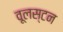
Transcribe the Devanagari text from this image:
वूलस्टन